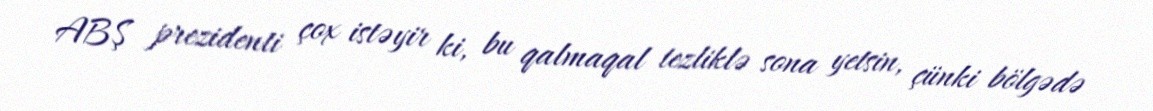
ABŞ prezidenti çox istəyir ki, bu qalmaqal tezliklə sona yetsin, çünki bölgədə